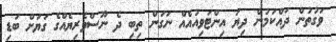
ވަގުތުން ދައްކަމުން ދިޔަ އިންޓަވިއުއެއް ނަގަން ތިބި ދެ ނޫސްވެރިޔެއްގެ ގަޔަށް ބަޑި